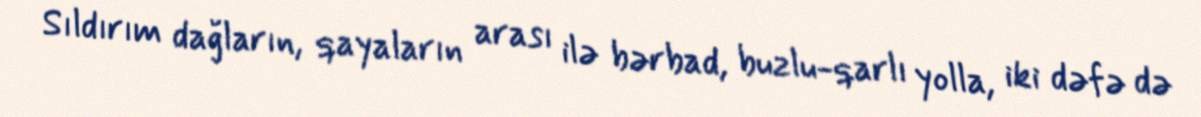
Sıldırım dağların, qayaların arası ilə bərbad, buzlu-qarlı yolla, iki dəfə də